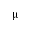
\upmu